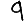
Digit: 9